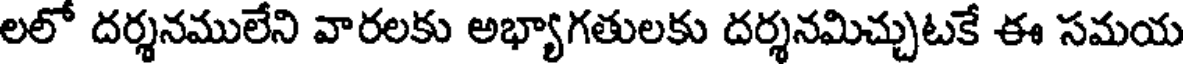
లలో దర్శనములేని వారలకు అభ్యాగతులకు దర్శనమిచ్చుటకే ఈ సమయ